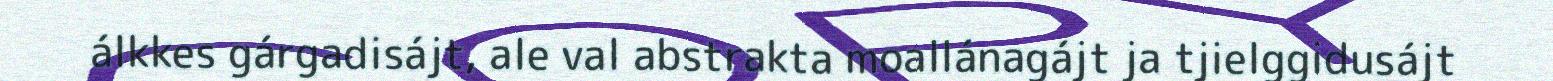
álkkes gárgadisájt, ale val abstrakta moallánagájt ja tjielggidusájt